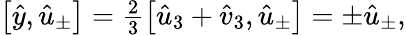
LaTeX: \begin{array}{r}{\left[\hat{y},\hat{u}_{\pm}\right]=\frac{2}{3}\left[\hat{u}_{3}+\hat{v}_{3},\hat{u}_{\pm}\right]=\pm\hat{u}_{\pm},}\end{array}